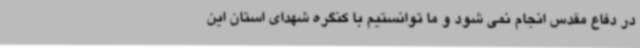
در دفاع مقدس انجام نمی شود و ما توانستیم با کنگره شهدای استان این